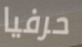
حرفيا